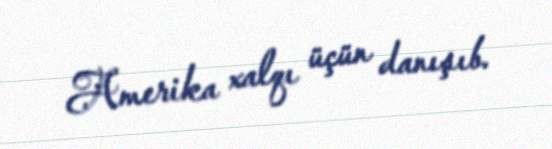
Amerika xalqı üçün danışıb.